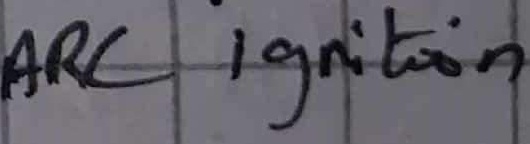
Text: ARC Ignition